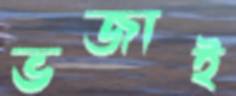
ভজাই